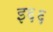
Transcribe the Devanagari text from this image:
इ६६